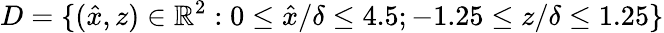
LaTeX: D=\{ (\hat{x},z)\in\mathbb{R}^{2}:0\leq\hat{x}/\delta\leq 4.5;-1.25\leq z/\delta\leq 1.25\}